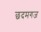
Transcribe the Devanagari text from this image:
छदमगज